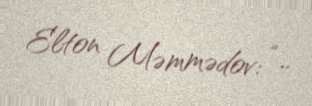
Elton Məmmədov: “..